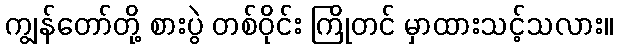
ကျွန်တော်တို့ စားပွဲ တစ်ဝိုင်း ကြိုတင် မှာထားသင့်သလား။